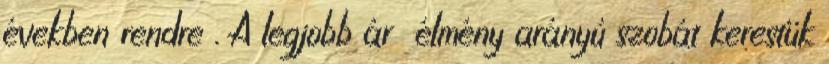
években rendre . A legjobb ár élmény arányú szobát kerestük